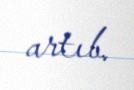
artıb.